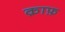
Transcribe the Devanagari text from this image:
क़ाफ़